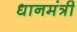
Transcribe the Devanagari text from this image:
धानमंत्री